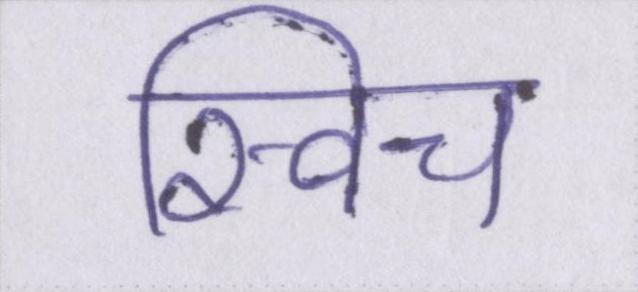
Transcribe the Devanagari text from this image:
स्विच